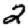
Digit: 2